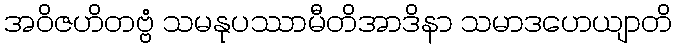
အဝိဇဟိတဗ္ဗံ သမနုပဿာမီတိအာဒိနာ သမာဒဟေယျာတိ